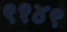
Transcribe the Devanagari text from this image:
९१४९